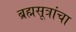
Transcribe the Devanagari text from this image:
ब्रह्मसूत्रांचा